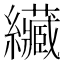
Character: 𦇴